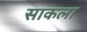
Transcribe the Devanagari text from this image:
साकला